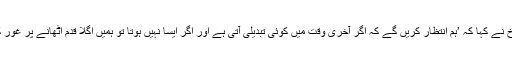
تھامس باخ نے کہا کہ ’ہم انتظار کریں گے کہ اگر آخری وقت میں کوئی تبدیلی آتی ہے اور اگر ایسا نہیں ہوتا تو ہمیں اگلا قدم اٹھانے پر غور کرنا ہوگا۔